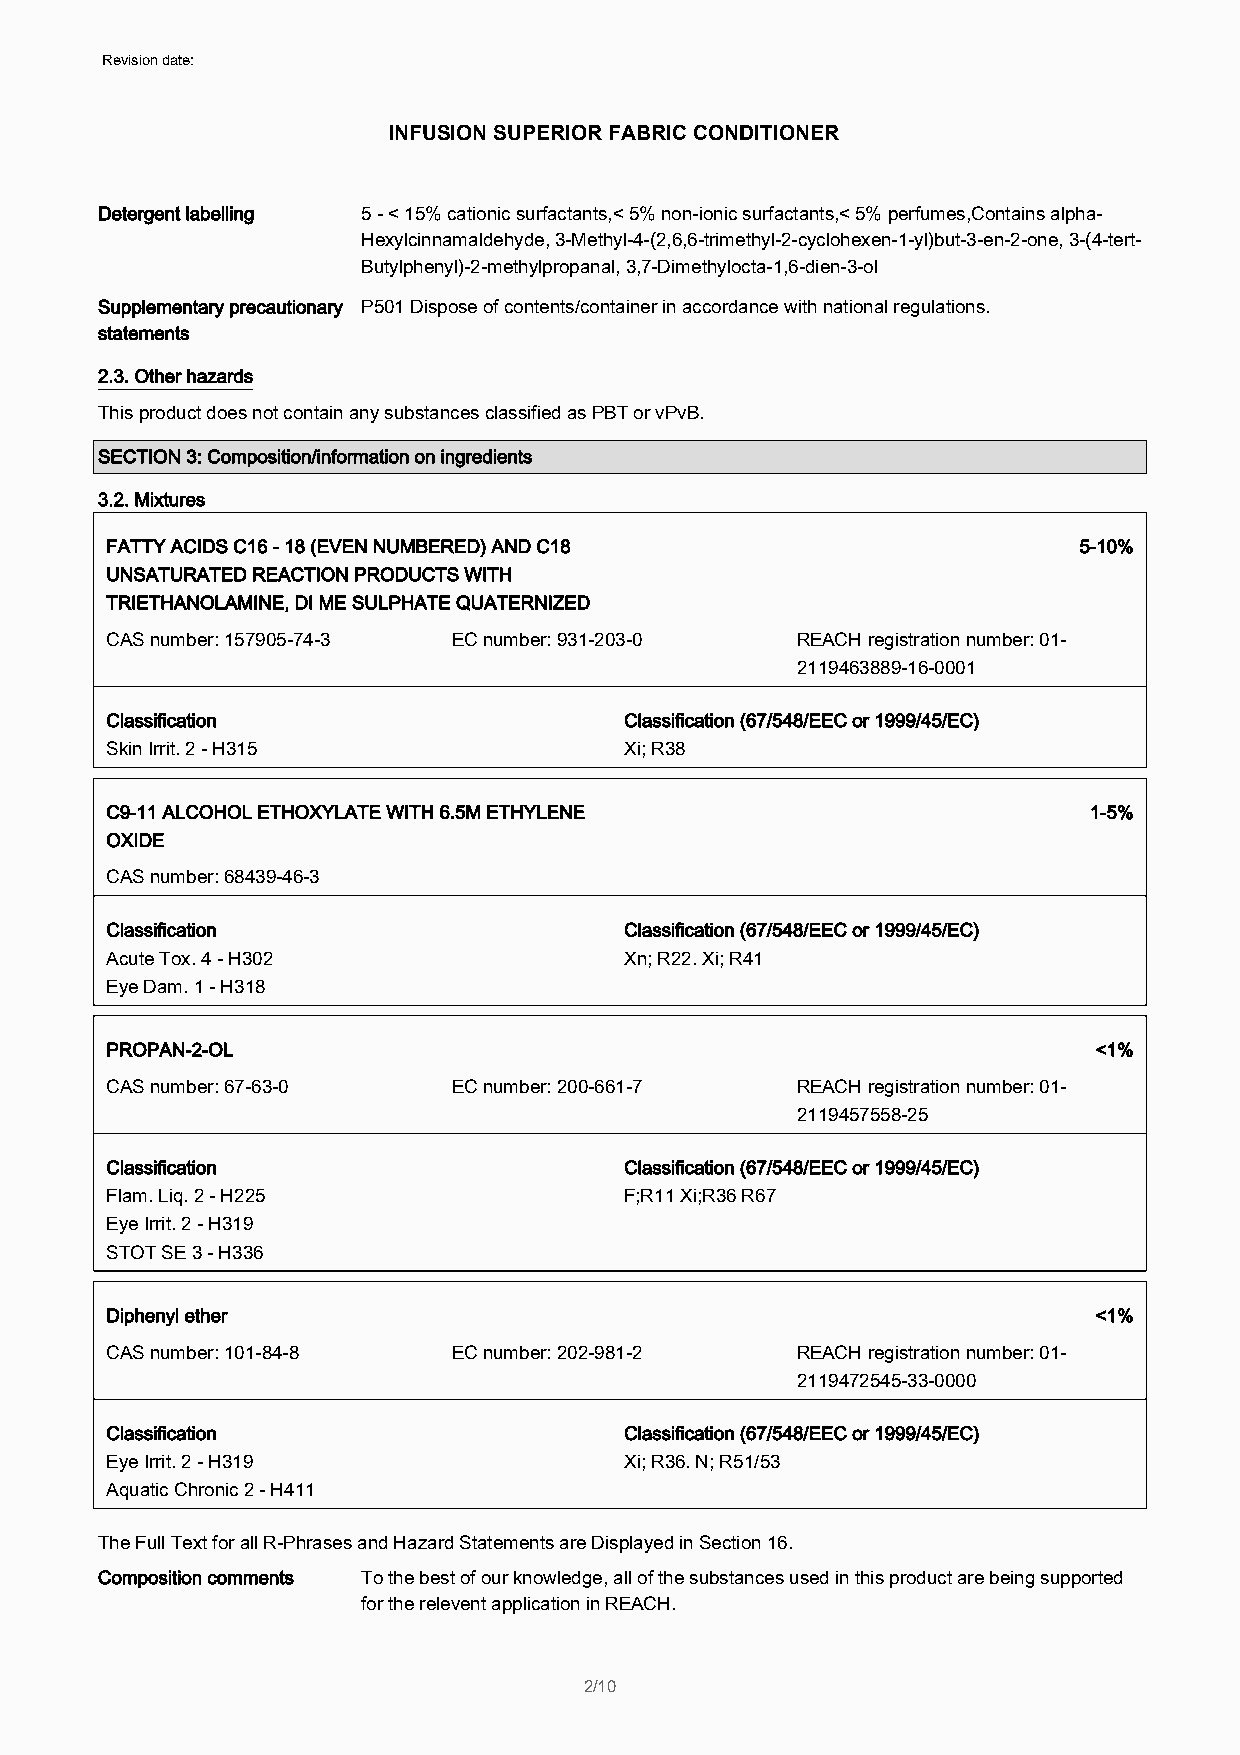
Revision date: 01/05/2015
 INFUSION SUPERIOR FABRIC CONDITIONER
 Detergent labelling 5 - < 15% cationic surfactants,< 5% non-ionic surfactants,< 5% perfumes,Contains alpha-
 Hexylcinnamaldehyde, 3-Methyl-4-(2,6,6-trimethyl-2-cyclohexen-1-yl)but-3-en-2-one, 3-(4-tert-
 Butylphenyl)-2-methylpropanal, 3,7-Dimethylocta-1,6-dien-3-ol
 Supplementary precautionary P501 Dispose of contents/container in accordance with national regulations.
 statements
 2.3. Other hazards
 This product does not contain any substances classified as PBT or vPvB.
 SECTION 3: Composition/information on ingredients
 3.2. Mixtures
 FATTY ACIDS C16 - 18 (EVEN NUMBERED) AND C18                    5-10%
 UNSATURATED REACTION PRODUCTS WITH
 TRIETHANOLAMINE, DI ME SULPHATE QUATERNIZED
 CAS number: 157905-74-3 EC number: 931-203-0  REACH registration number: 01-
 2119463889-16-0001
 Classification                    Classification (67/548/EEC or 1999/45/EC)
 Skin Irrit. 2 - H315              Xi; R38
 C9-11 ALCOHOL ETHOXYLATE WITH 6.5M ETHYLENE                      1-5%
 OXIDE
 CAS number: 68439-46-3
 Classification                    Classification (67/548/EEC or 1999/45/EC)
 Acute Tox. 4 - H302               Xn; R22. Xi; R41
 Eye Dam. 1 - H318
 PROPAN-2-OL                                                       <1%
 CAS number: 67-63-0    EC number: 200-661-7   REACH registration number: 01-
 2119457558-25
 Classification                    Classification (67/548/EEC or 1999/45/EC)
 Flam. Liq. 2 - H225               F;R11 Xi;R36 R67
 Eye Irrit. 2 - H319
 STOT SE 3 - H336
 Diphenyl ether                                                    <1%
 CAS number: 101-84-8   EC number: 202-981-2   REACH registration number: 01-
 2119472545-33-0000
 Classification                    Classification (67/548/EEC or 1999/45/EC)
 Eye Irrit. 2 - H319               Xi; R36. N; R51/53
 Aquatic Chronic 2 - H411
 The Full Text for all R-Phrases and Hazard Statements are Displayed in Section 16.
 Composition comments To the best of our knowledge, all of the substances used in this product are being supported
 for the relevent application in REACH.
 2/10